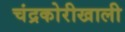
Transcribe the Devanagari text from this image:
चंद्रकोरीखाली